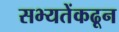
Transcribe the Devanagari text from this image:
सभ्यतेंकढून